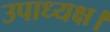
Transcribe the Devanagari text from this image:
उपाध्यक्ष।